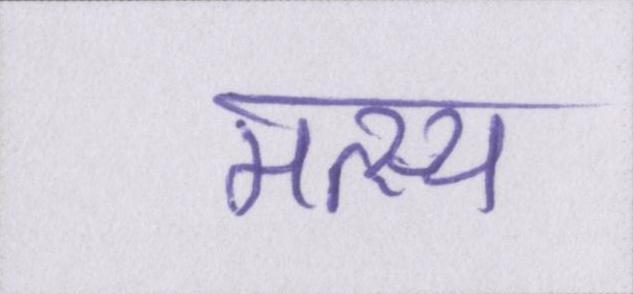
मत्स्य